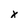
Character: x